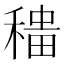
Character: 𫁁